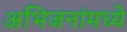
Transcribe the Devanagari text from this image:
अभिजनांमध्ये